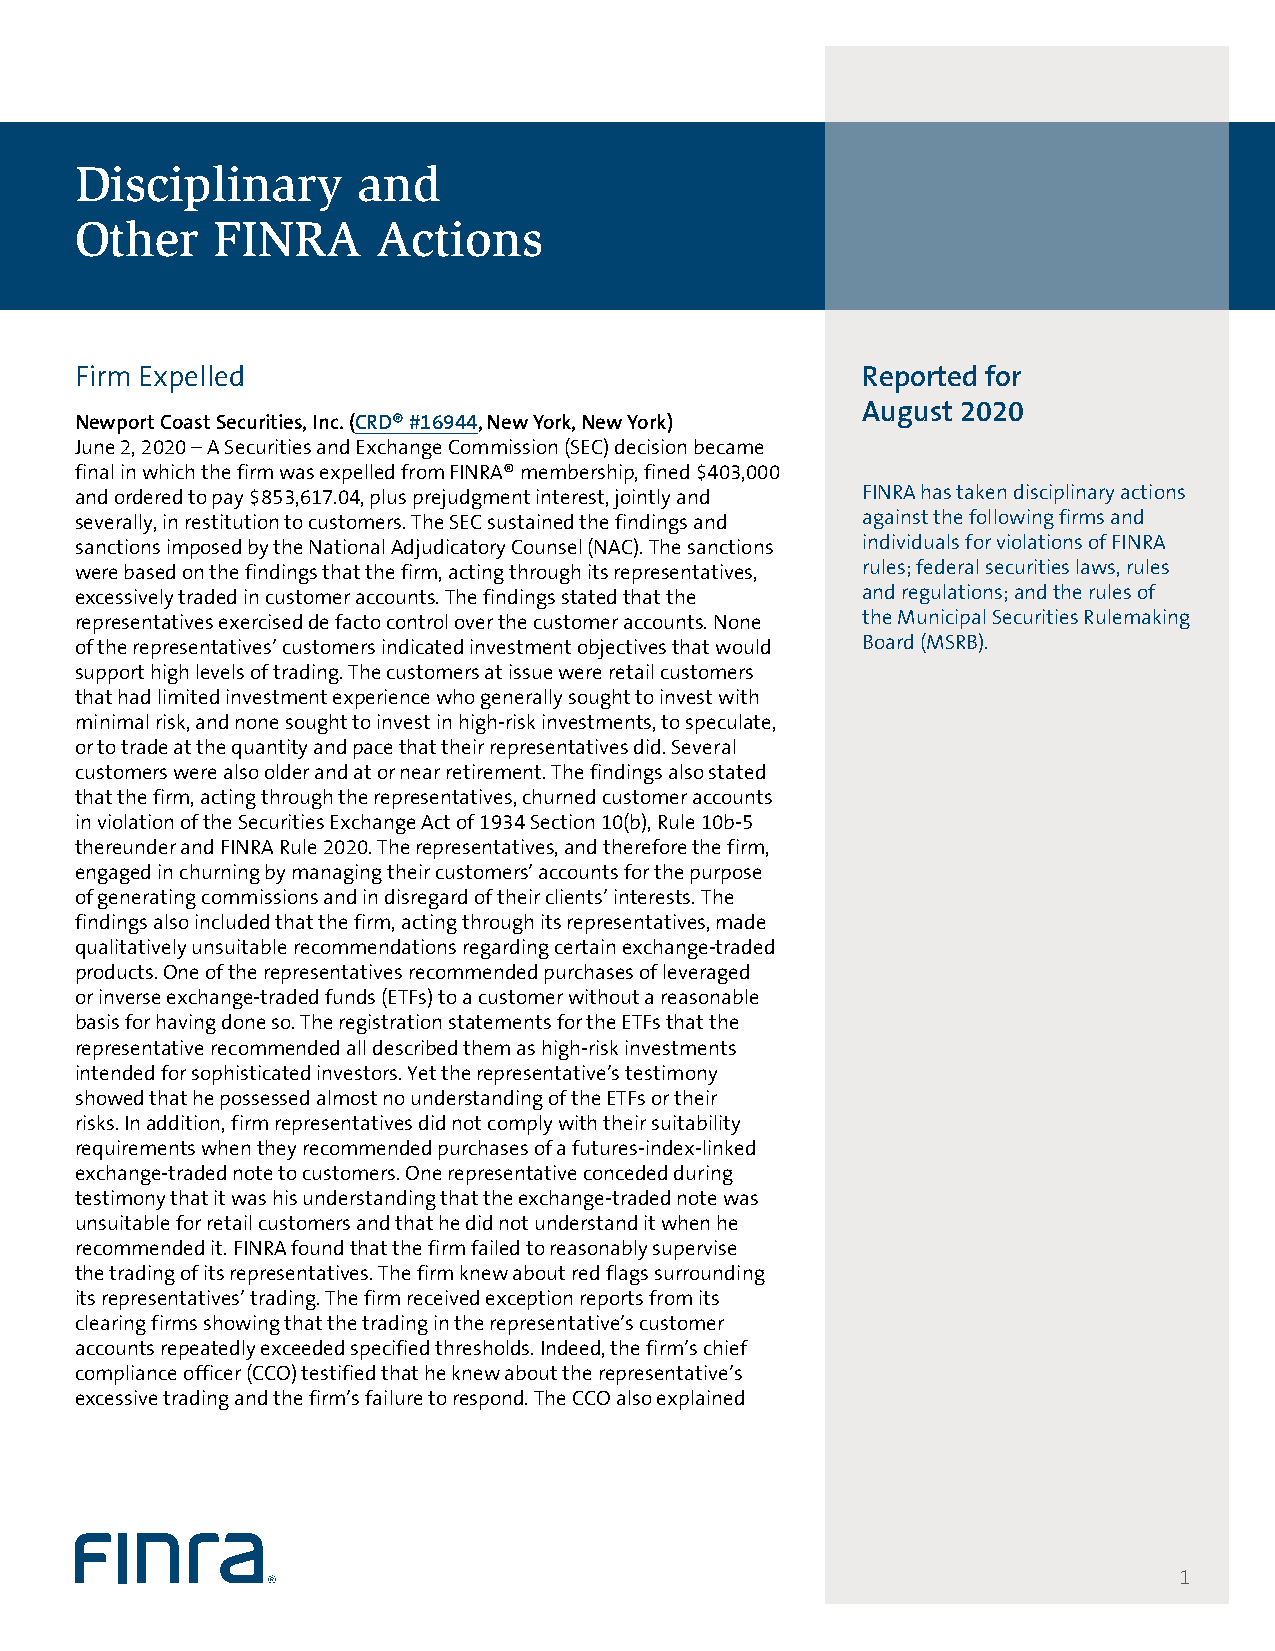
Disciplinary       and
 Other    FINRA      Actions
 Firm Expelled                                       Reported for
 August 2020
 Newport Coast Securities, Inc. (CRD® #16944, New York, New York)
 June 2, 2020 – A Securities and Exchange Commission (SEC) decision became
 final in which the firm was expelled from FINRA® membership, fined $403,000
 and ordered to pay $853,617.04, plus prejudgment interest, jointly and FINRA has taken disciplinary actions
 severally, in restitution to customers. The SEC sustained the findings and against the following firms and
 sanctions imposed by the National Adjudicatory Counsel (NAC). The sanctions individuals for violations of FINRA
 were based on the findings that the firm, acting through its representatives, rules; federal securities laws, rules
 excessively traded in customer accounts. The findings stated that the and regulations; and the rules of
 representatives exercised de facto control over the customer accounts. None the Municipal Securities Rulemaking
 of the representatives’ customers indicated investment objectives that would Board (MSRB).
 support high levels of trading. The customers at issue were retail customers
 that had limited investment experience who generally sought to invest with
 minimal risk, and none sought to invest in high-risk investments, to speculate,
 or to trade at the quantity and pace that their representatives did. Several
 customers were also older and at or near retirement. The findings also stated
 that the firm, acting through the representatives, churned customer accounts
 in violation of the Securities Exchange Act of 1934 Section 10(b), Rule 10b-5
 thereunder and FINRA Rule 2020. The representatives, and therefore the firm,
 engaged in churning by managing their customers’ accounts for the purpose
 of generating commissions and in disregard of their clients’ interests. The
 findings also included that the firm, acting through its representatives, made
 qualitatively unsuitable recommendations regarding certain exchange-traded
 products. One of the representatives recommended purchases of leveraged
 or inverse exchange-traded funds (ETFs) to a customer without a reasonable
 basis for having done so. The registration statements for the ETFs that the
 representative recommended all described them as high-risk investments
 intended for sophisticated investors. Yet the representative’s testimony
 showed that he possessed almost no understanding of the ETFs or their
 risks. In addition, firm representatives did not comply with their suitability
 requirements when they recommended purchases of a futures-index-linked
 exchange-traded note to customers. One representative conceded during
 testimony that it was his understanding that the exchange-traded note was
 unsuitable for retail customers and that he did not understand it when he
 recommended it. FINRA found that the firm failed to reasonably supervise
 the trading of its representatives. The firm knew about red flags surrounding
 its representatives’ trading. The firm received exception reports from its
 clearing firms showing that the trading in the representative’s customer
 accounts repeatedly exceeded specified thresholds. Indeed, the firm’s chief
 compliance officer (CCO) testified that he knew about the representative’s
 excessive trading and the firm’s failure to respond. The CCO also explained
 1